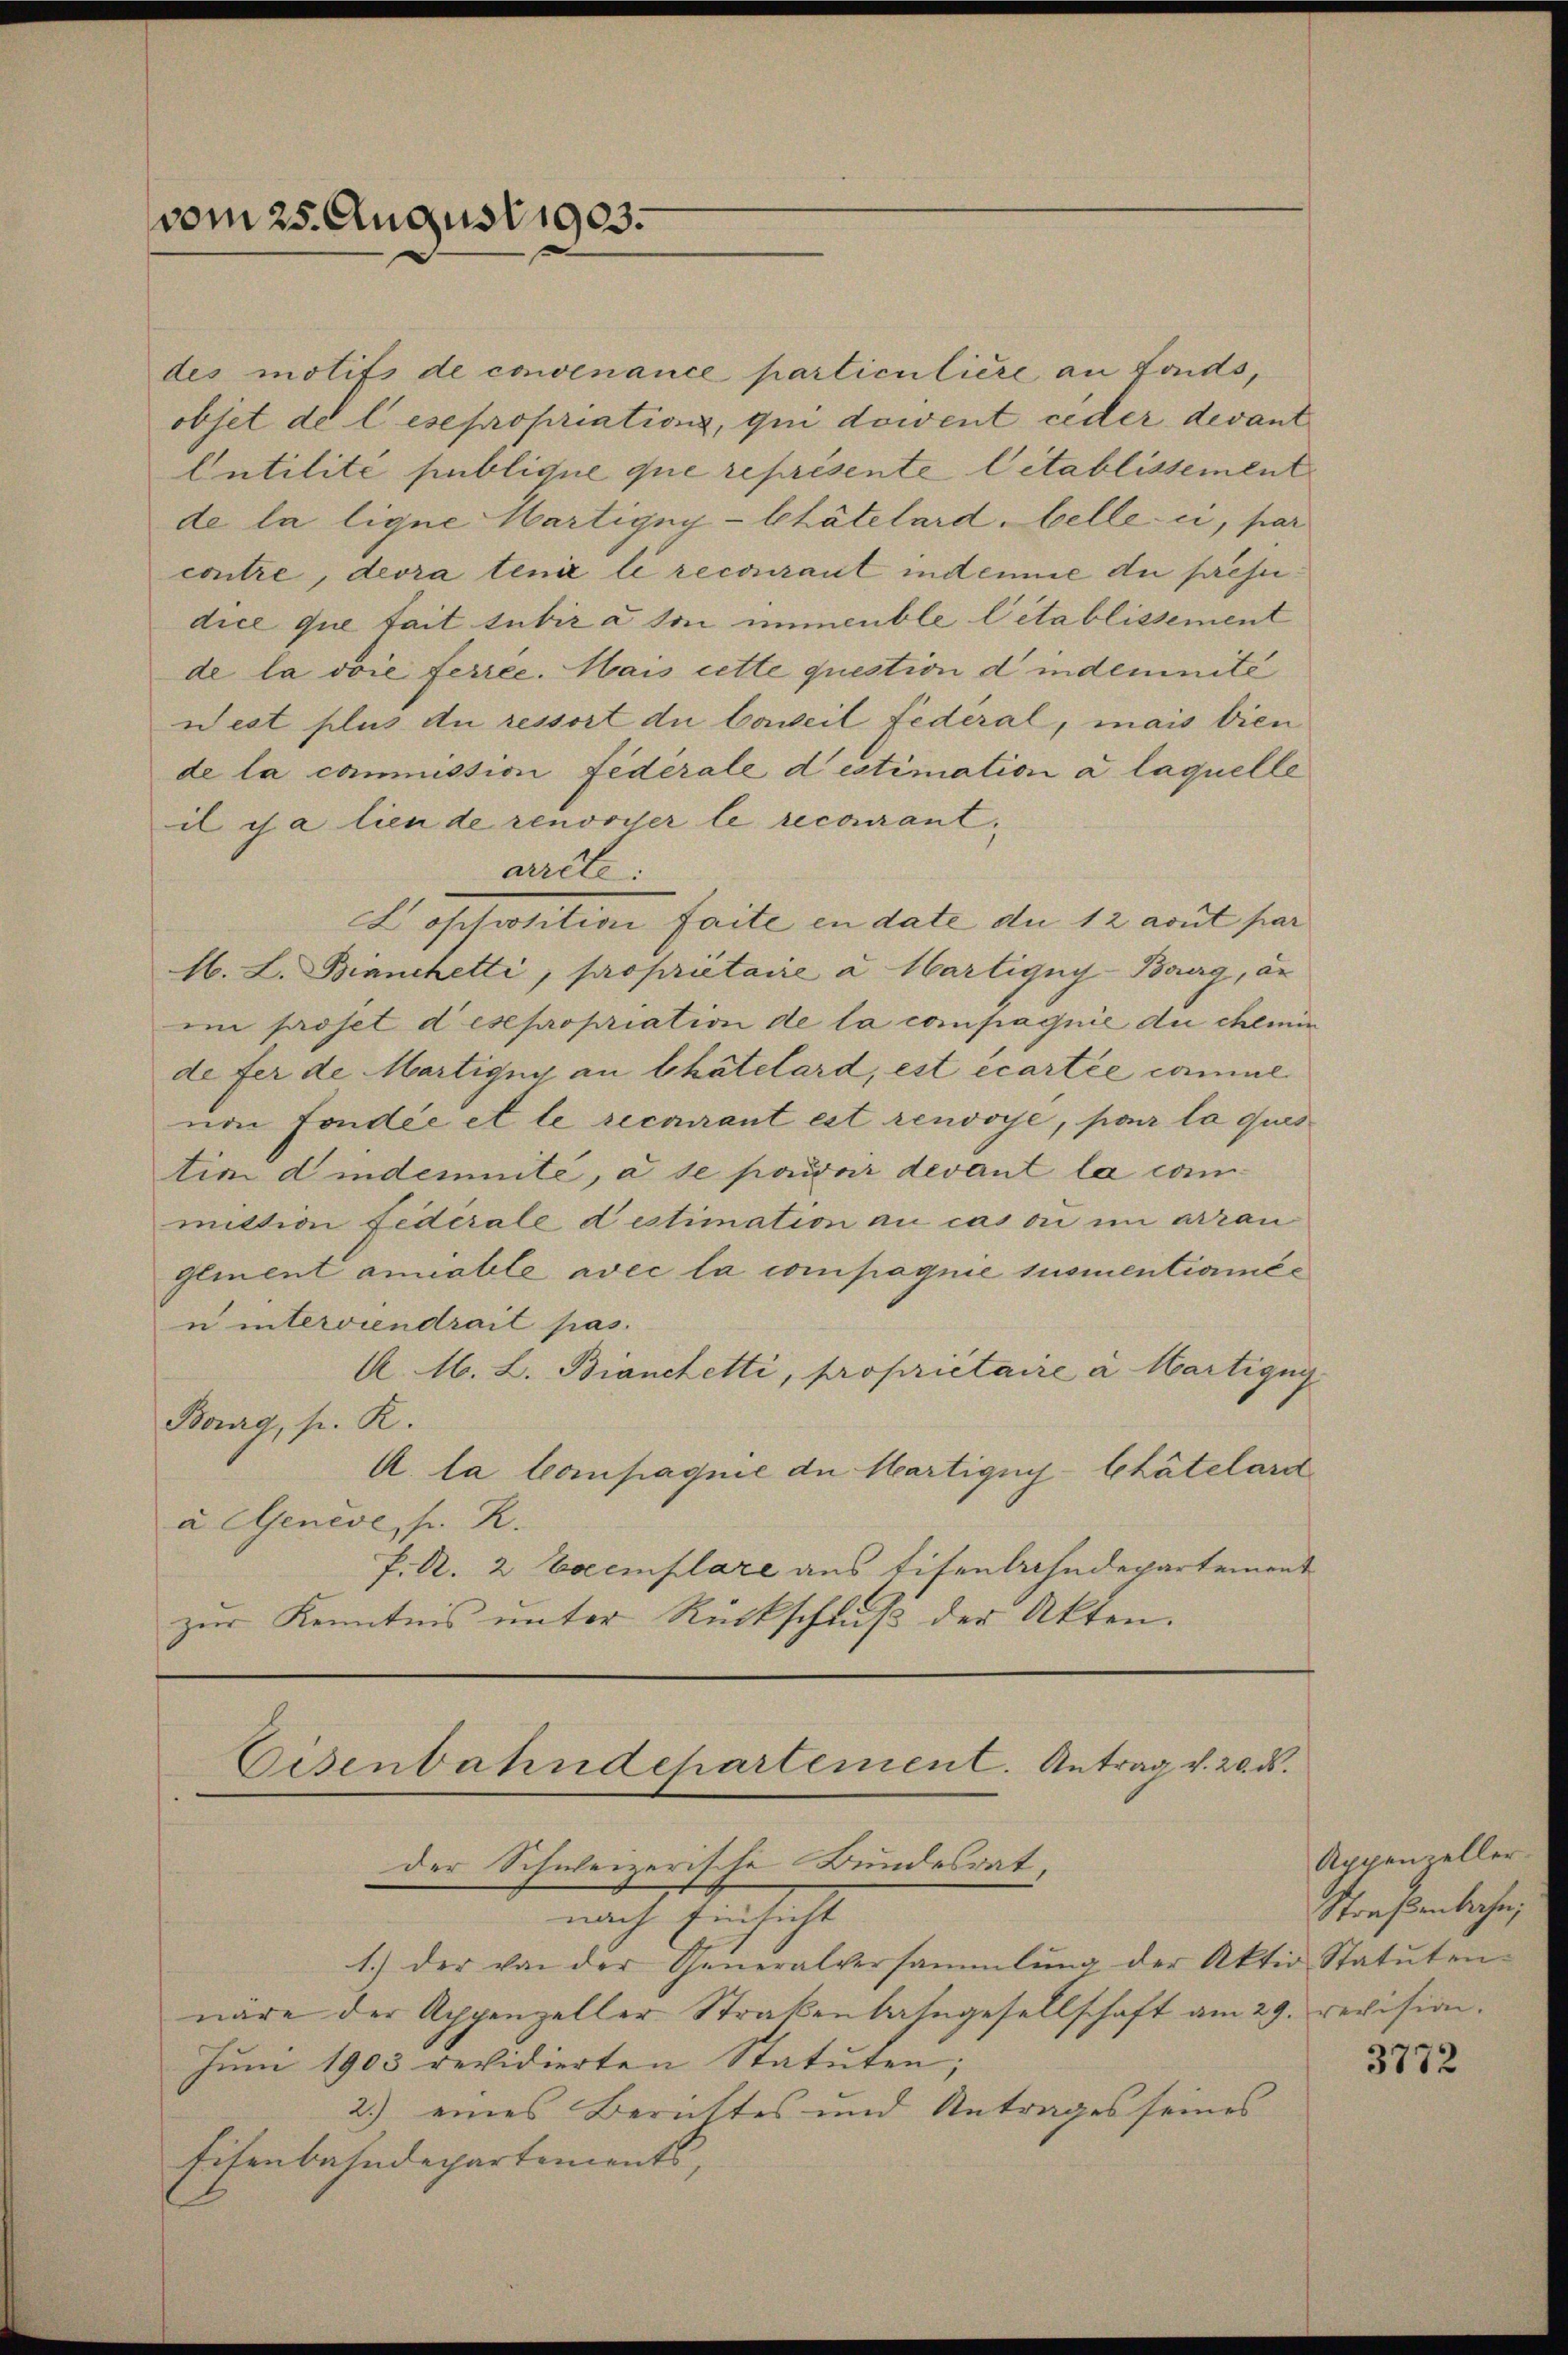
vom 25. August 1903.

des motifs de convenance particulière an fonds,
objet de lese propriations, qui dowent ceder devant
Antilité publique que représente Citablissement
de la ligne Wartigny-Chätelard belle-ci, par
contre, devra tenir le recouraut indemie du prese
dice que tait subir à son immeuble l’établissement
de la voie ferree. Mais cette question d indemnité
West plus du ressort du beweil fédéral, mais bien
de la commission fédérale destimation à laquelle
il es a lien de renosser le recourantarrête:
Lossosition faite in date die 12 aout par
A. L. Bianchetti, proprietaire a Martigny-Burg, an
im proset des propriation de la compagnie du chemin
de fer de Martigny an Chatelard, est écartie comme
nen Fondée et le recourant est renvoyé, par la ques
tion dindemente, a se poridor devant la committion Federale destimation an cas ou im arran
Glinent amiable avec la compagnie susmentionnée
n interviendrait pas.
A. M. L. Bianchetti, propriétaire a Martigny
Bog, s. K.
A. la Compagnie de Martigny-Chätelard
a Genève, fr. R.
f. A. 2 Exemplare aus Eisenbahndepartement
zur Kenntnis unter Rückschluß der Akten.

Eisenbahndepartement. Antrag v. 20. ds.
der Schweizerische Bundesrat,

nach Einsicht
1.) der von der Generalversammlung der Aktio Statuten-
näre der Appenzeller Strakenbahngesellschaft am 29. revision.
Juni 1903 revidierten Statuten;
2.) eines Berichtes und Antrages seines
Eisenbahndepartements,

Appenzeller.
Straßenbahn,

3772